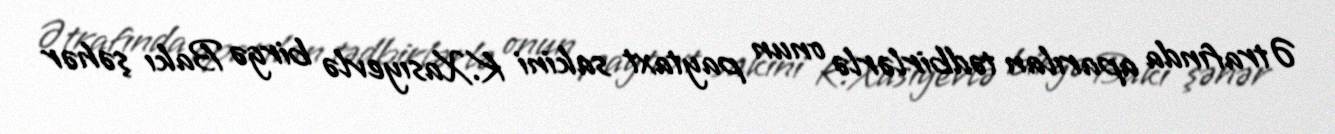
Ətrafında aparılan tədbirlərlə onun paytaxt sakini K.Xasıyevlə birgə Bakı şəhər